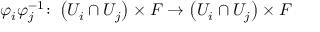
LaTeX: \varphi _ { i } \varphi _ { j } ^ { - 1 } \colon \left( U _ { i } \cap U _ { j } \right) \times F \to \left( U _ { i } \cap U _ { j } \right) \times F